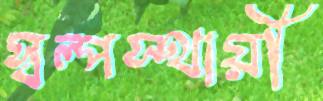
স্বল্পস্থায়ী